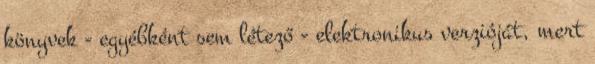
könyvek - egyébként sem létező - elektronikus verzióját, mert